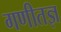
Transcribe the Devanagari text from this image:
गणीतज्ञ